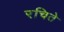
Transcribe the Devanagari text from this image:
रचिते